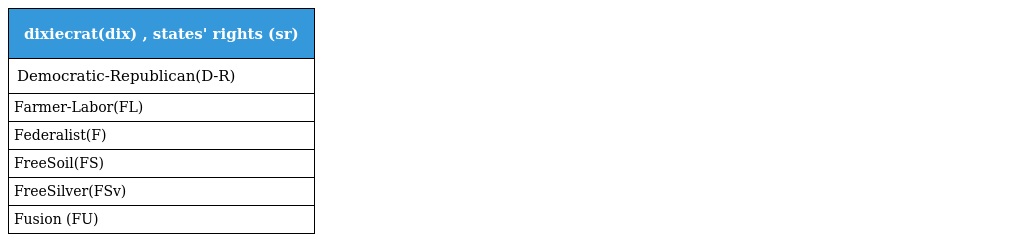
| dixiecrat(dix) , states' rights (sr) |
 | --- |
 | Democratic-Republican(D-R) |
 | Farmer-Labor(FL) |
 | Federalist(F) |
 | FreeSoil(FS) |
 | FreeSilver(FSv) |
 | Fusion (FU) |